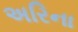
અરિના